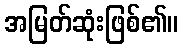
အမြတ်ဆုံးဖြစ်၏။